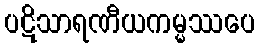
ပဋိသာရဏီယကမ္မဿပေ